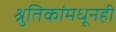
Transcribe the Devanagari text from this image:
श्रुतिकांमधूनही